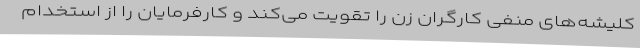
کلیشه‌های منفی کارگران زن را تقویت می‌کند و کارفرمایان را از استخدام